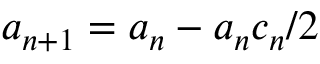
a _ { n + 1 } = a _ { n } - a _ { n } c _ { n } / 2 \,